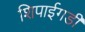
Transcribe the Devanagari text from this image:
शिपाईगडी